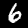
Digit: 6